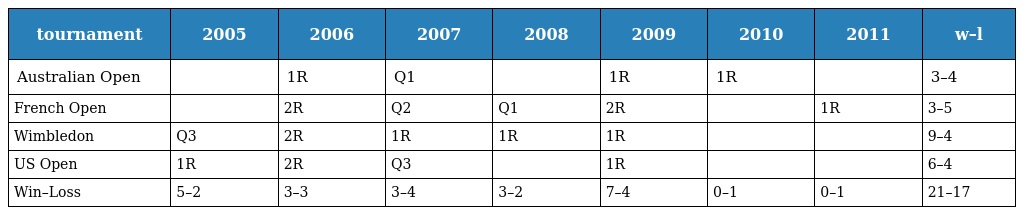
| tournament | 2005 | 2006 | 2007 | 2008 | 2009 | 2010 | 2011 | w–l |
 | --- | --- | --- | --- | --- | --- | --- | --- | --- |
 | Australian Open |  | 1R | Q1 |  | 1R | 1R |  | 3–4 |
 | French Open |  | 2R | Q2 | Q1 | 2R |  | 1R | 3–5 |
 | Wimbledon | Q3 | 2R | 1R | 1R | 1R |  |  | 9–4 |
 | US Open | 1R | 2R | Q3 |  | 1R |  |  | 6–4 |
 | Win–Loss | 5–2 | 3–3 | 3–4 | 3–2 | 7–4 | 0–1 | 0–1 | 21–17 |